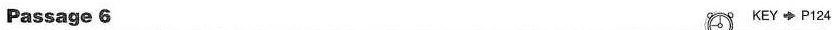
Passage 6 KEY P124